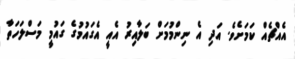
އެއްޗެއް ކަމަށެވެ. އަދި އެ ނިންމުމަށް ބަލާއިރު އެއީ އެގައުމުގެ ގައުމީ މަސްލަހަތާ